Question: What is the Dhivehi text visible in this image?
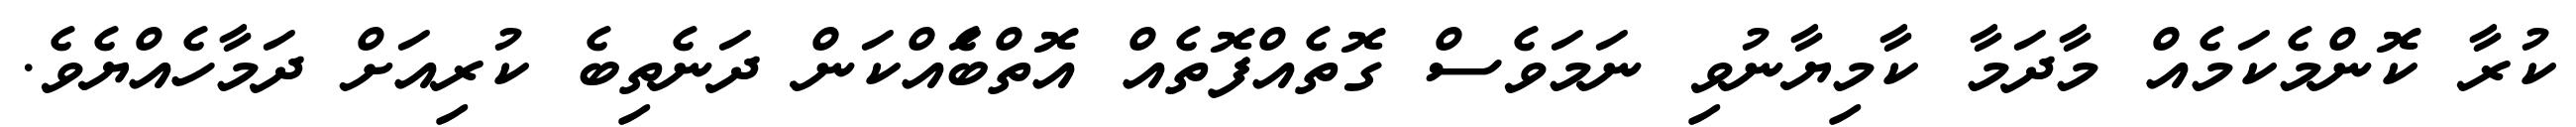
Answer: ކުރާ ކޮންމެކަމެއް މާދަމާ ކާމިޔާނުވި ނަމަވެސް ގޮތެއްފޮތެއް އޮތްބަެއްކަން ދަނެތިބެ ކުރިއަށް ދަމާހެއްޔެވެ.